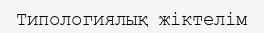
Типологиялық жіктелім